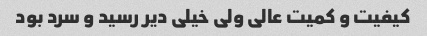
کیفیت و کمیت عالی ولی خیلی دیر رسید و سرد بود